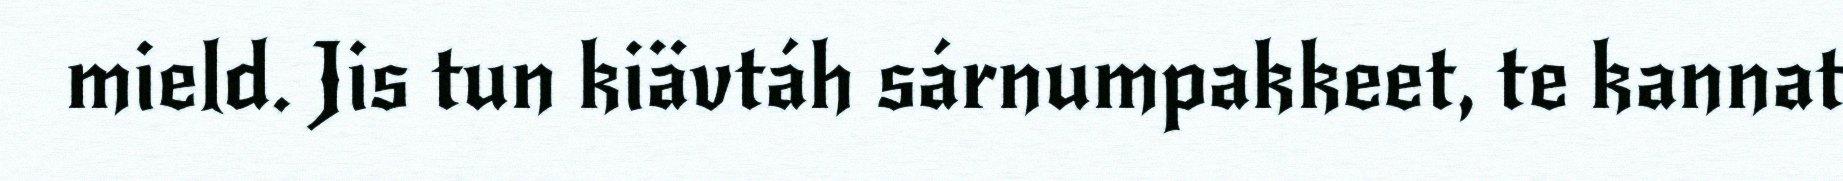
mield. Jis tun kiävtáh sárnumpakkeet, te kannat